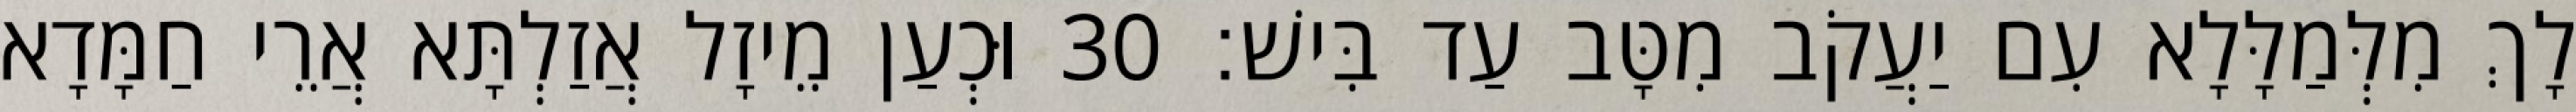
לָךְ מִלְּמַלָּלָא עִם יַעֲקֹב מִטָּב עַד בִּישׁ׃ 30 וּכְעַן מֵיזָל אֲזַלְתָּא אֲרֵי חַמָּדָא